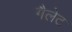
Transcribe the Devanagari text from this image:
गैलेट